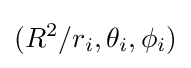
(R^{2}/r_{i},\theta _{i},\phi _{i})